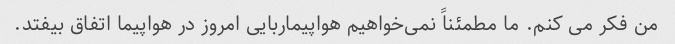
من فکر می کنم. ما مطمئناً نمی‌خواهیم هواپیماربایی امروز در هواپیما اتفاق بیفتد.